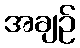
အချဉ်